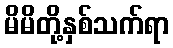
မိမိတို့နှစ်သက်ရာ